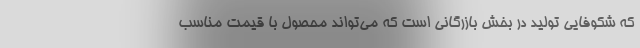
که شکوفایی تولید در بخش بازرگانی است که می‌تواند محصول با قیمت مناسب